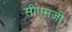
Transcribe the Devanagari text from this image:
सीएमजी